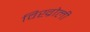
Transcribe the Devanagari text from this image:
विख्रोली